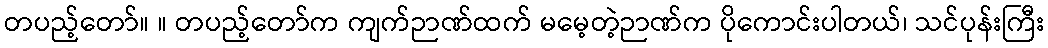
တပည့်တော်။ ။ တပည့်တော်က ကျက်ဉာဏ်ထက် မမေ့တဲ့ဉာဏ်က ပိုကောင်းပါတယ်၊ သင်ပုန်းကြီး